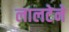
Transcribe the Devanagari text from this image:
लालटेने